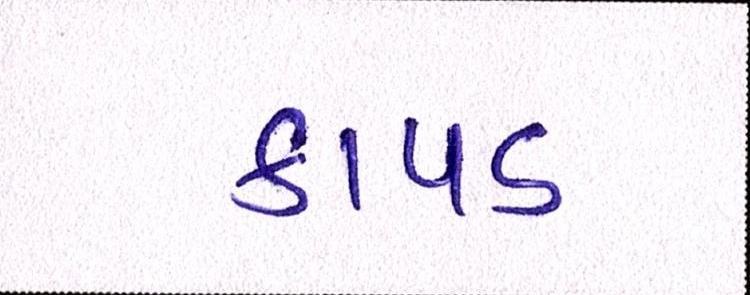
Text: કાપડ